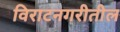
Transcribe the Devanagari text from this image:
विराटनगरीतील